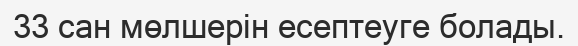
33 сан мөлшерін есептеуге болады.